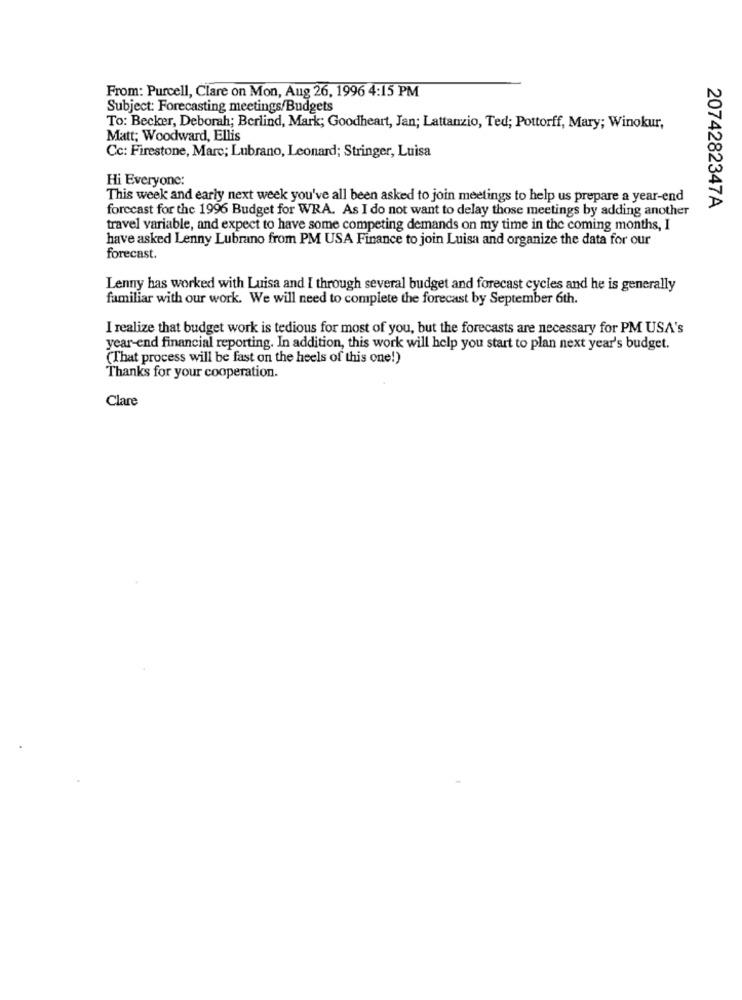
From: Purcell, Clare on Mon, Aug 26, 1996 4:15 PM
Subject: Forecasting meetings/Budgets
To: Becker, Deborah; Berlind, Mark; Goodheart, Jan; Lattanzio, Ted; Pottorff, Mary; Winokur,
Matt; Woodward, Ellis
Cc: Firestone, Marc; Lubrano, Leonard; Stringer, Luisa
Hi Everyone:
This week and early next week you've all been asked to join meetings to help us prepare a year-end
forecast for the 1996 Budget for WRA. As I do not want to delay those meetings by adding another
2074282347A
travel variable, and expect to have some competing demands on my time in the coming months, I
have asked Lenny Lubrano from PM USA Finance to join Luisa and organize the data for our
forecast.
Lenny has worked with Luisa and I through several budget and forecast cycles and he is generally
familiar with our work. We will need to complete the forecast by September 6th.
I realize that budget work is tedious for most of you, but the forecasts are necessary for PM USA's
year-end financial reporting. In addition, this work will help you start to plan next year's budget.
(That process will be fast on the heels of this one!)
Thanks for your cooperation.
Clare